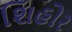
શિહોર